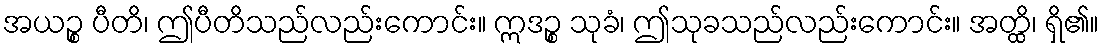
အယဉ္စ ပီတိ၊ ဤပီတိသည်လည်းကောင်း။ ဣဒဉ္စ သုခံ၊ ဤသုခသည်လည်းကောင်း။ အတ္ထိ၊ ရှိ၏။